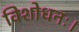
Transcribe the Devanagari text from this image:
विशोधनः।